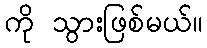
ကို သွားဖြစ်မယ်။